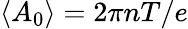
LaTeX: \left\langle A_{0}\right\rangle={2\pi nT}/{e}